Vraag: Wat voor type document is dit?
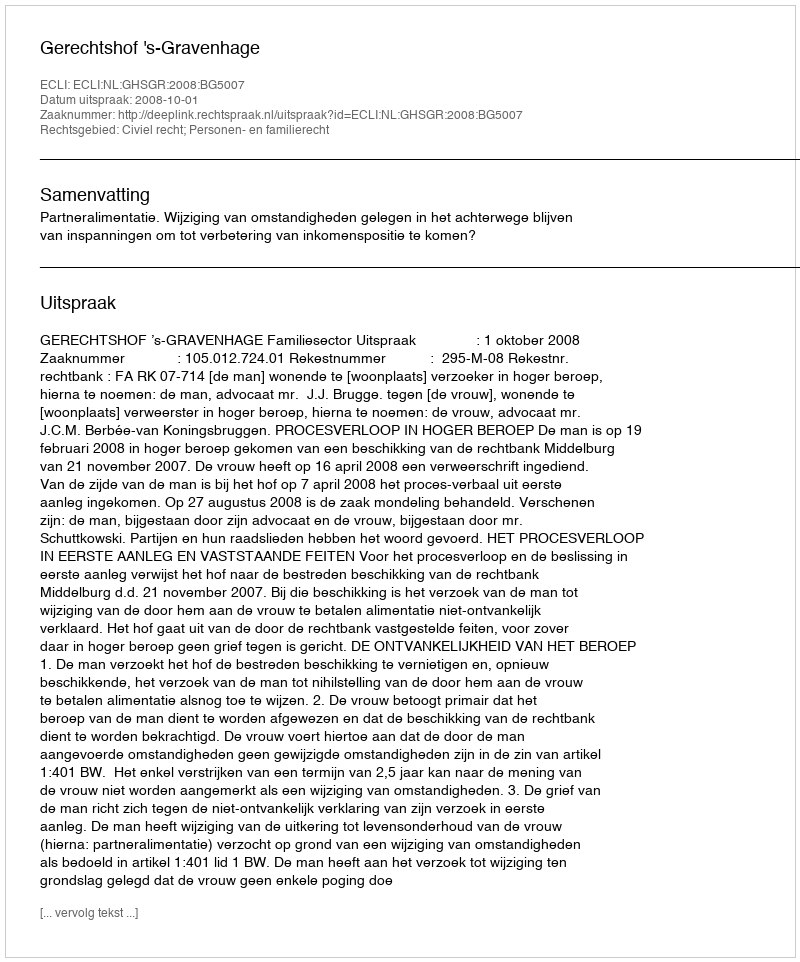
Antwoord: Uitspraak